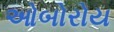
ઓબોરોય